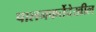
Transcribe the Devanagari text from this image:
पालनकर्तेदेखील